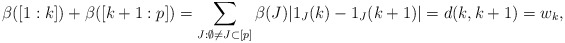
\begin{align*} \beta([1:k])+\beta([k+1:p])= \sum_{J:\emptyset\not=J\subset [p]} \beta(J) | 1_{J}(k) - 1_{J}(k+1)|= d(k,k+1)=w_k, \end{align*}